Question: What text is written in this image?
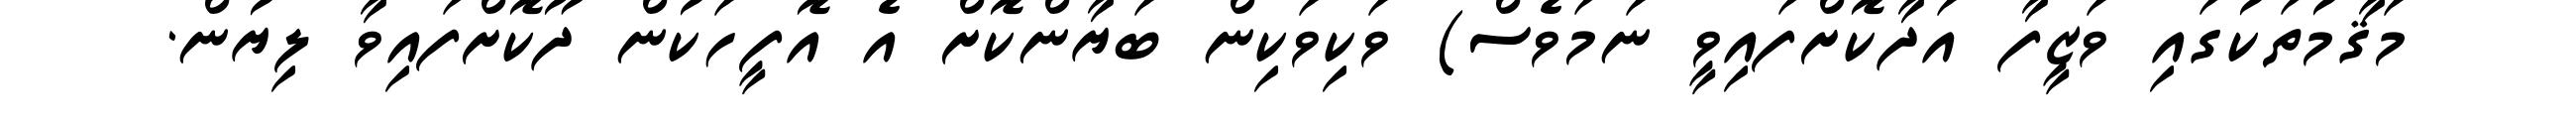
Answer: މަޤާމުތަކުގައި ވަޒީފާ އަދާކޮށްފައިވީ ނަމަވެސް) ވަކިވަކިން ބަޔާންކޮށް އެ އޮފީހަކުން ދޫކޮށްފައިވާ ލިޔުން.